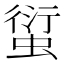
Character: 𧍢